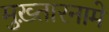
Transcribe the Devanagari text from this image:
मुख़्तारनामे